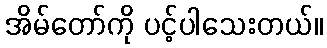
အိမ်တော်ကို ပင့်ပါသေးတယ်။